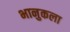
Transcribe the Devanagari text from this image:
भानुकला